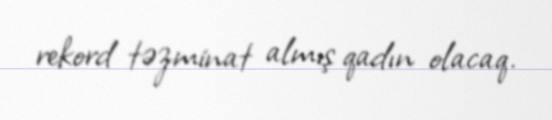
rekord təzminat almış qadın olacaq.